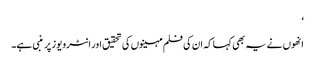
‘
انھوں نے یہ بھی کہا کہ ان کی فلم مہینوں کی تحقیق اور انٹرویوز پر منبی ہے۔